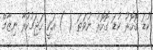
ކުޑަ ގޮހޮރު ކުޑަ ގޮހޮރު ނުވަތަ ( ) އަކީ ހަޖަމުކުރާ ނިޒާމް